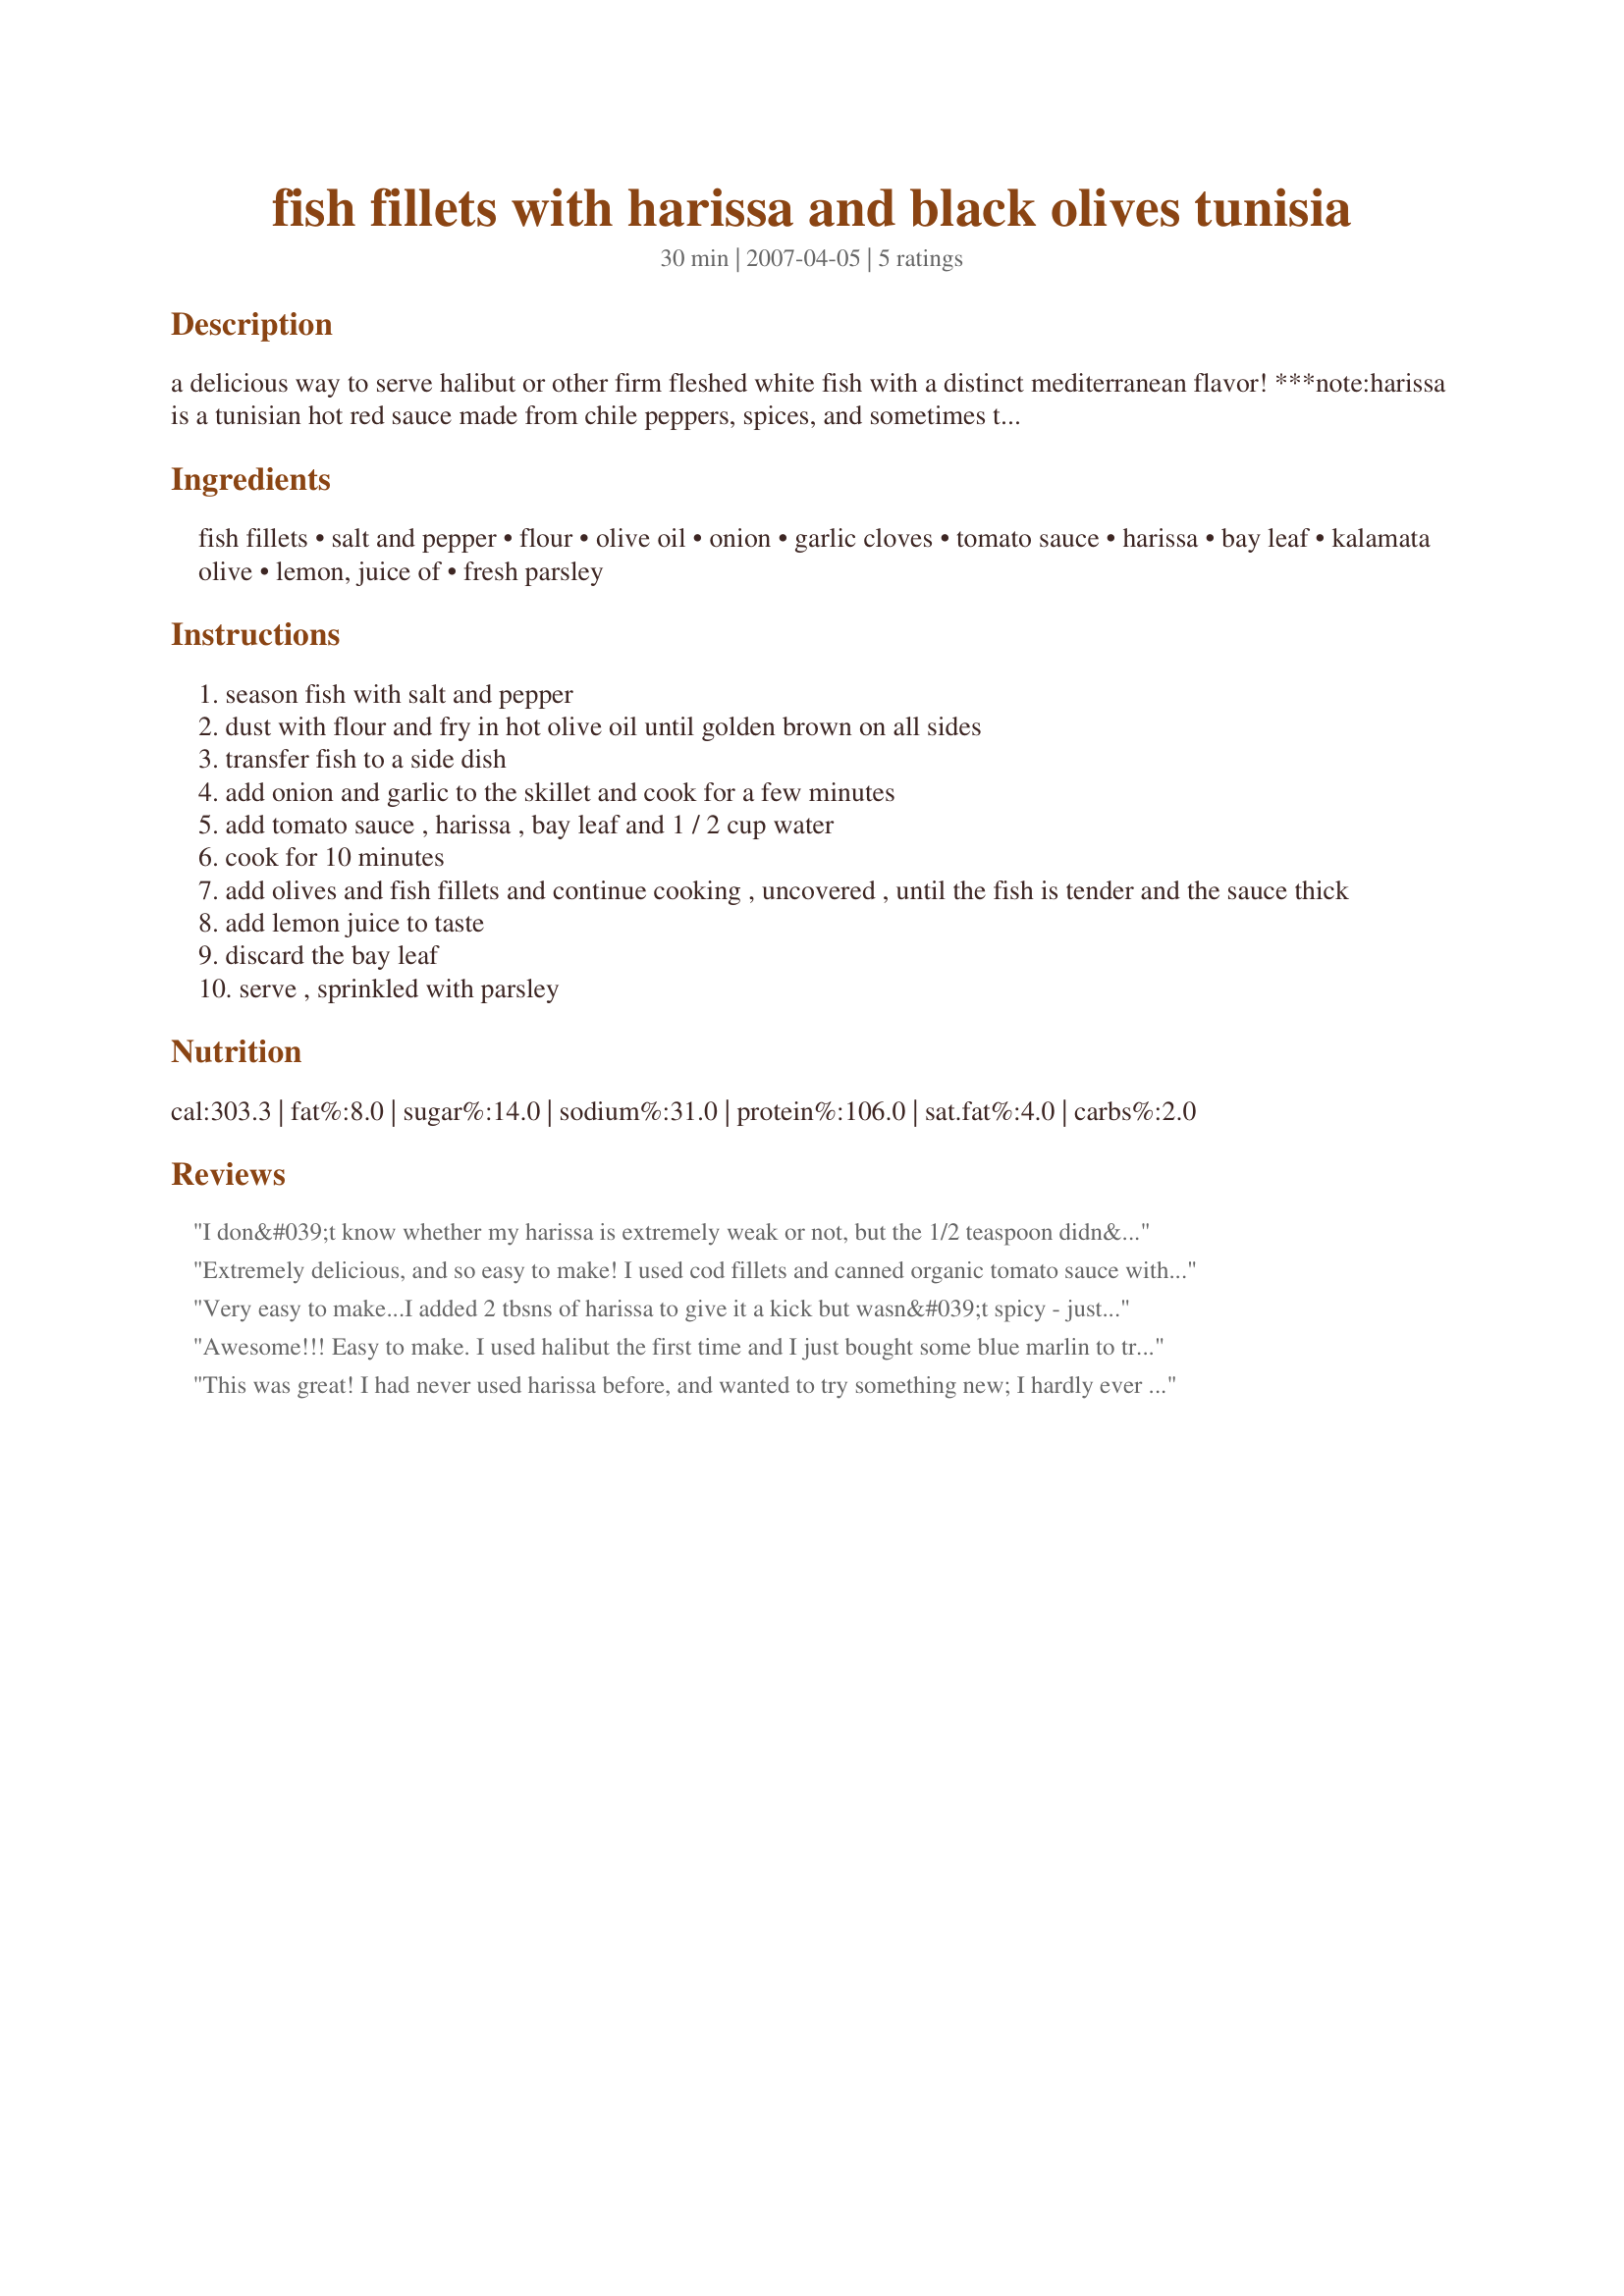
fish fillets with harissa and black olives tunisia
Preparation time: 30 minutes

a delicious way to serve halibut or other firm fleshed white fish with a distinct mediterranean flavor!
***note:harissa is a tunisian hot red sauce made from chile peppers, spices, and sometimes tomatoes.

Ingredients:
fish fillets, salt and pepper, flour, olive oil, onion, garlic cloves, tomato sauce, harissa, bay leaf, kalamata olive, lemon, juice of, fresh parsley

Steps:
season fish with salt and pepper
dust with flour and fry in hot olive oil until golden brown on all sides
transfer fish to a side dish
add onion and garlic to the skillet and cook for a few minutes
add tomato sauce , harissa , bay leaf and 1 / 2 cup water
cook for 10 minutes
add olives and fish fillets and continue cooking , uncovered , until the fish is tender and the sauce thick
add lemon juice to taste
discard the bay leaf
serve , sprinkled with parsley

Reviews:
I don&#039;t know whether my harissa is extremely weak or not, but the 1/2 teaspoon didn&#039;t seem to flavor anything (of course, the sensitivity of the person eating also needs to be considered - I prefer to eat hot, spicy food). I added more harissa, to get about a tablespoon, total. That was all I had, but I was still not so happy with it. And then, instead of lemon juice and parsley, I decided that chopped coriander was what this recipe needed. It was okay. As you can see, I changed the recipe all around, so do not feel comfortable assigning stars. I do think I&#039;ll seek out recipes with more promise of fire. Thank you for the experience.
Extremely delicious, and so easy to make! I used cod fillets and canned organic tomato sauce with some finely chopped vegetables in it, and it was so absolutely wonderful. Will definitely make this again, thanks for sharing!&lt;br/&gt;Made for A Diabetic Summer Trip / Diabetes Forum June 2013
Very easy to make...I added 2 tbsns of harissa to give it a kick but wasn&#039;t spicy - just tasty! My fish was too flaky so fell apart, but was yummy nonetheless.
Awesome!!! Easy to make. I used halibut the first time and I just bought some blue marlin to try for next time.
This was great! I had never used harissa before, and wanted to try something new; I hardly ever cook fish (other than salmon), so this recipe just seemed like the way to go. It was extremely easy to put together, and very flavorful. I was surprised that it wasn't particularly hot -- just very savory. I may try to increase the heat next time (more harissa, a teensy bit of cayenne, or something). We really enjoyed this; thanks so much for posting it.
